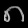
Digit: ၈